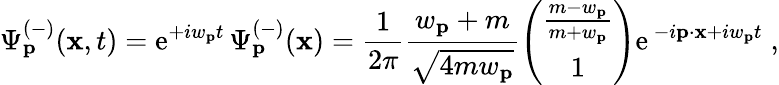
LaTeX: \Psi_{{\mathbf p}}^{(-)}({\mathbf x},t)=\mathrm{e}^{+iw_{{\mathbf p}}t}\, \Psi_{{\mathbf p}}^{(-)}({\mathbf x})=\frac{1}{{2\pi}}\frac{w_{{\mathbf p}}+m}{\sqrt{4mw_{{\mathbf p}}}}\left(\begin{array}{c}{{\frac{m-w_{{\mathbf p}}}{m+w_{{\mathbf p}}}}}\\ {{1}}\end{array}\right)\mathrm{e}^{\, -i{\mathbf p}\cdot{\mathbf x}+iw_{{\mathbf p}}t}\; ,